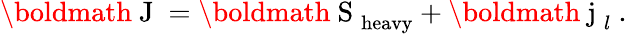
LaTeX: \mathrm{\boldmath~J~}=\mathrm{\boldmath~S~}_{\mathrm{heavy}}+\mathrm{\boldmath~j~}_{l}\ .